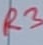
Text: R3